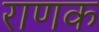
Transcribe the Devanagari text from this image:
राणक